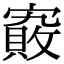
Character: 𡫄